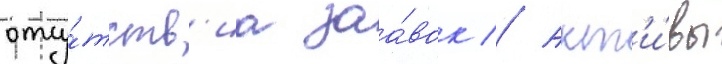
отсу́тств'иа заа́вок // Акт'и́вы